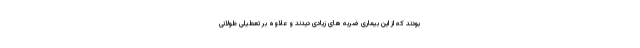
بودند که از این بیماری ضربه های زیادی دیدند و علاوه بر تعطیلی طولانی